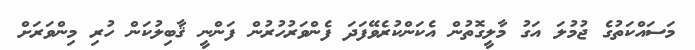
މަސައްކަތުގެ ޖުމުލަ އަގު މާލީގޮތުން އެކަންކުރެވޭފަދަ ފެންވަރުހުރުން ފަންނީ ޤާބިލުކަން ހުރި މިންވަރަށް